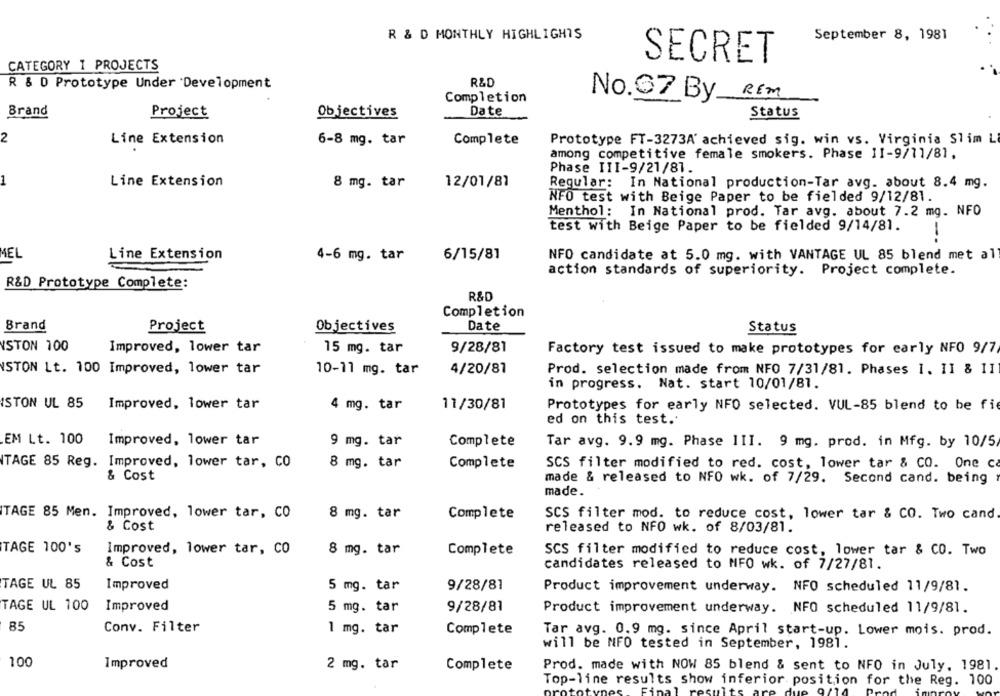
R & D MONTHLY HIGHLIGHTS
September 8, 1981
SECRET
CATEGORY 1 PROJECTS
R&D
R & D Prototype Under Development
Completion
No. 97 By REM
Date
Brand
Project
Objectives
Status
2
Line Extension
6-8 mg. tar
Complete
Prototype FT-3273A' achieved sig. win vs. Virginia Slim L
among competitive female smokers. Phase 11-9/11/81.
Phase III-9/21/81.
1
Line Extension
8 mg. tar
12/01/81
Regular: In National production-Tar avg. about 8.4 mg.
NFO test with Beige Paper to be fielded 9/12/81.
Menthol: In National prod. Tar avg. about 7.2 mg. NFO
test with Beige Paper to be fielded 9/14/81.
--
MEL
Line Extension
4-6 mg. tar
6/15/81
NFO candidate at 5.0 mg. with VANTAGE UL 85 blend met all
action standards of superiority. Project complete.
R&D Prototype Complete:
R&D
Completion
Brand
Date
Project
Objectives
Status
ISTON 100
Improved, lower tar
15 mg. tar
9/28/81
Factory test issued to make prototypes for early NFO 9/7/
YSTON Lt. 100 Improved, lower tar
10-11 mg. tar
4/20/81
Prod. selection made from NFO 7/31/81. Phases 1. 1I & II
in progress. Nat. start 10/01/81.
ISTON UL 85
Improved, lower tar
4 mg. tar
11/30/81
Prototypes for early NFO selected. VUL-85 blend to be fi
ed on this test.'
EM Lt. 100
Improved, lower tar
9 mg. tar
Complete
Tar avg. 9.9 mg. Phase III. 9 mg. prod. in Mfg. by 10/5
TAGE 85 Reg. Improved, lower tar, CO
8 mg. tar
Complete
SCS filter modified to red. cost, lower tar & CO. One ca
& Cost
made & released to NFO wk. of 7/29. Second cand. being
made.
TAGE 85 Men. Improved, lower tar, CO
8 mg. tar
Complete
SCS filter mod. to reduce cost, lower tar & CO. Two cand.
& Cost
released to NFO wk. of 8/03/81.
TAGE 100's
Improved, lower tar, CO
8 mg. tar
Complete
SCS filter modified to reduce cost, lower tar & CO. Two
& Cost
candidates released to NFO wk. of 7/27/81.
TAGE UL 85
Improved
5 mg. tar
9/28/81
Product improvement underway. NFO scheduled 11/9/81.
TAGE UL 100
Improved
5 mg. tar
9/28/81
Product improvement underway. NFO scheduled 11/9/81.
85
Conv. Filter
1 mg. tar
Complete
Tar avg. 0.9 mg. since April start-up. Lower mois. prod.
will be NFO tested in September, 1981.
100
Improved
2 mg. tar
Complete
Prod. made with NOW 85 blend & sent to NFO in July, 1981.
Top-line results show inferior position for the Reg. 100